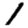
Digit: 1